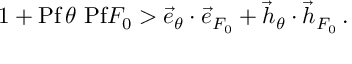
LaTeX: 1 + \mathrm { P f } \, \theta \ \mathrm { P f } F _ { 0 } > \vec { e } _ { \theta } \cdot \vec { e } _ { F _ { 0 } } + \vec { h } _ { \theta } \cdot \vec { h } _ { F _ { 0 } } \, .